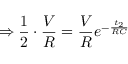
\Rightarrow \frac { 1 } { 2 } \cdot \frac { V } { R } = \frac { V } { R } e ^ { - \frac { t _ { 2 } } { R C } }